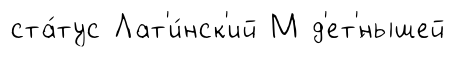
ста́тус Лат'и́нск'ий М д'ет'́нышей